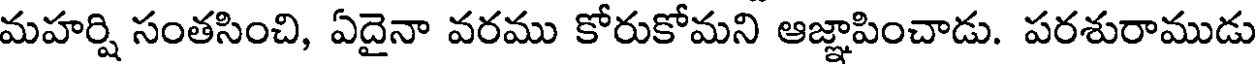
మహర్షి సంతసించి, ఏదైనా వరము కోరుకోమని ఆజ్ఞాపించాడు. పరశురాముడు